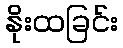
နိုးထခြင်း